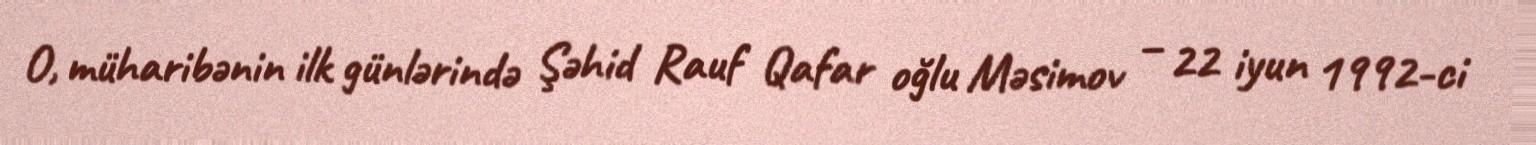
O, müharibənin ilk günlərində Şəhid Rauf Qafar oğlu Məsimov – 22 iyun 1992-ci